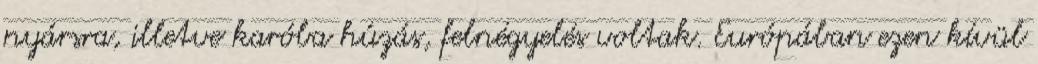
nyársra, illetve karóba húzás, felnégyelés voltak. Európában ezen kívül